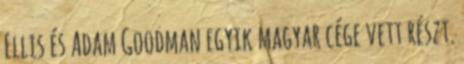
Ellis és Adam Goodman egyik magyar cége vett részt.